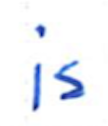
Text: is
Cross-out: clean
Writing tool: ballpoint